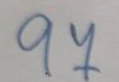
97